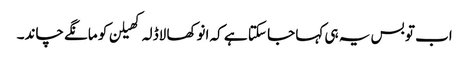
اب تو بس یہ ہی کہا جا سکتا ہے کہ انوکھا لاڈلہ کھیلن کو مانگے چاند۔